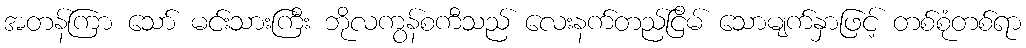
အတန်ကြာ သော် မင်းသားကြီး ဘိုလကွန်စကီသည် လေးနက်တည်ငြိမ် သောမျက်နှာဖြင့် တစ်စုံတစ်ရာ